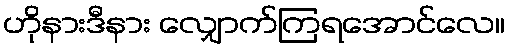
ဟိုနားဒီနား လျှောက်ကြရအောင်လေ။